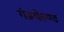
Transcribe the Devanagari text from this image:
गंडबेरुण्ड